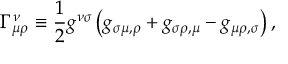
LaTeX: \Gamma _ { \mu \rho } ^ { \nu } \equiv { \frac { 1 } { 2 } } g ^ { \nu \sigma } \left( g _ { \sigma \mu , \rho } + g _ { \sigma \rho , \mu } - g _ { \mu \rho , \sigma } \right) ,